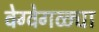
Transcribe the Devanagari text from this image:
वेग्वेगळ्या